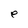
Character: e